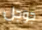
جوجل